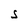
Character: S